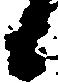
候